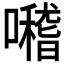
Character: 𡃊